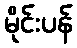
မိုင်းပန်